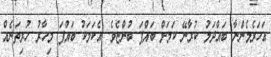
އަހަރެމެންނާ ބައްދަލު ކުރާނޭ ކަމަށް ބައްޕަ ބުންޏެވެ. އެކަމަކު ބައްޕަ މިހާރު ހުރިތަނެއް